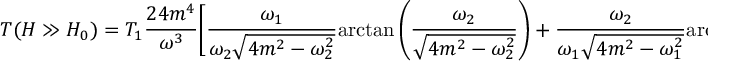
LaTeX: \displaystyle { T ( H \gg H _ { 0 } ) = T _ { 1 } \frac { 2 4 m ^ { 4 } } { \omega ^ { 3 } } \bigg [ \frac { \omega _ { 1 } } { \omega _ { 2 } \sqrt { 4 m ^ { 2 } - \omega _ { 2 } ^ { 2 } } } \mathrm { a r c t a n } \left( \frac { \omega _ { 2 } } { \sqrt { 4 m ^ { 2 } - \omega _ { 2 } ^ { 2 } } } \right) + \frac { \omega _ { 2 } } { \omega _ { 1 } \sqrt { 4 m ^ { 2 } - \omega _ { 1 } ^ { 2 } } } \mathrm { a r c t a n } \left( \frac { \omega _ { 1 } } { \sqrt { 4 m ^ { 2 } - \omega _ { 1 } ^ { 2 } } } \right) - \frac { \omega } { 4 m ^ { 2 } } \bigg ] }